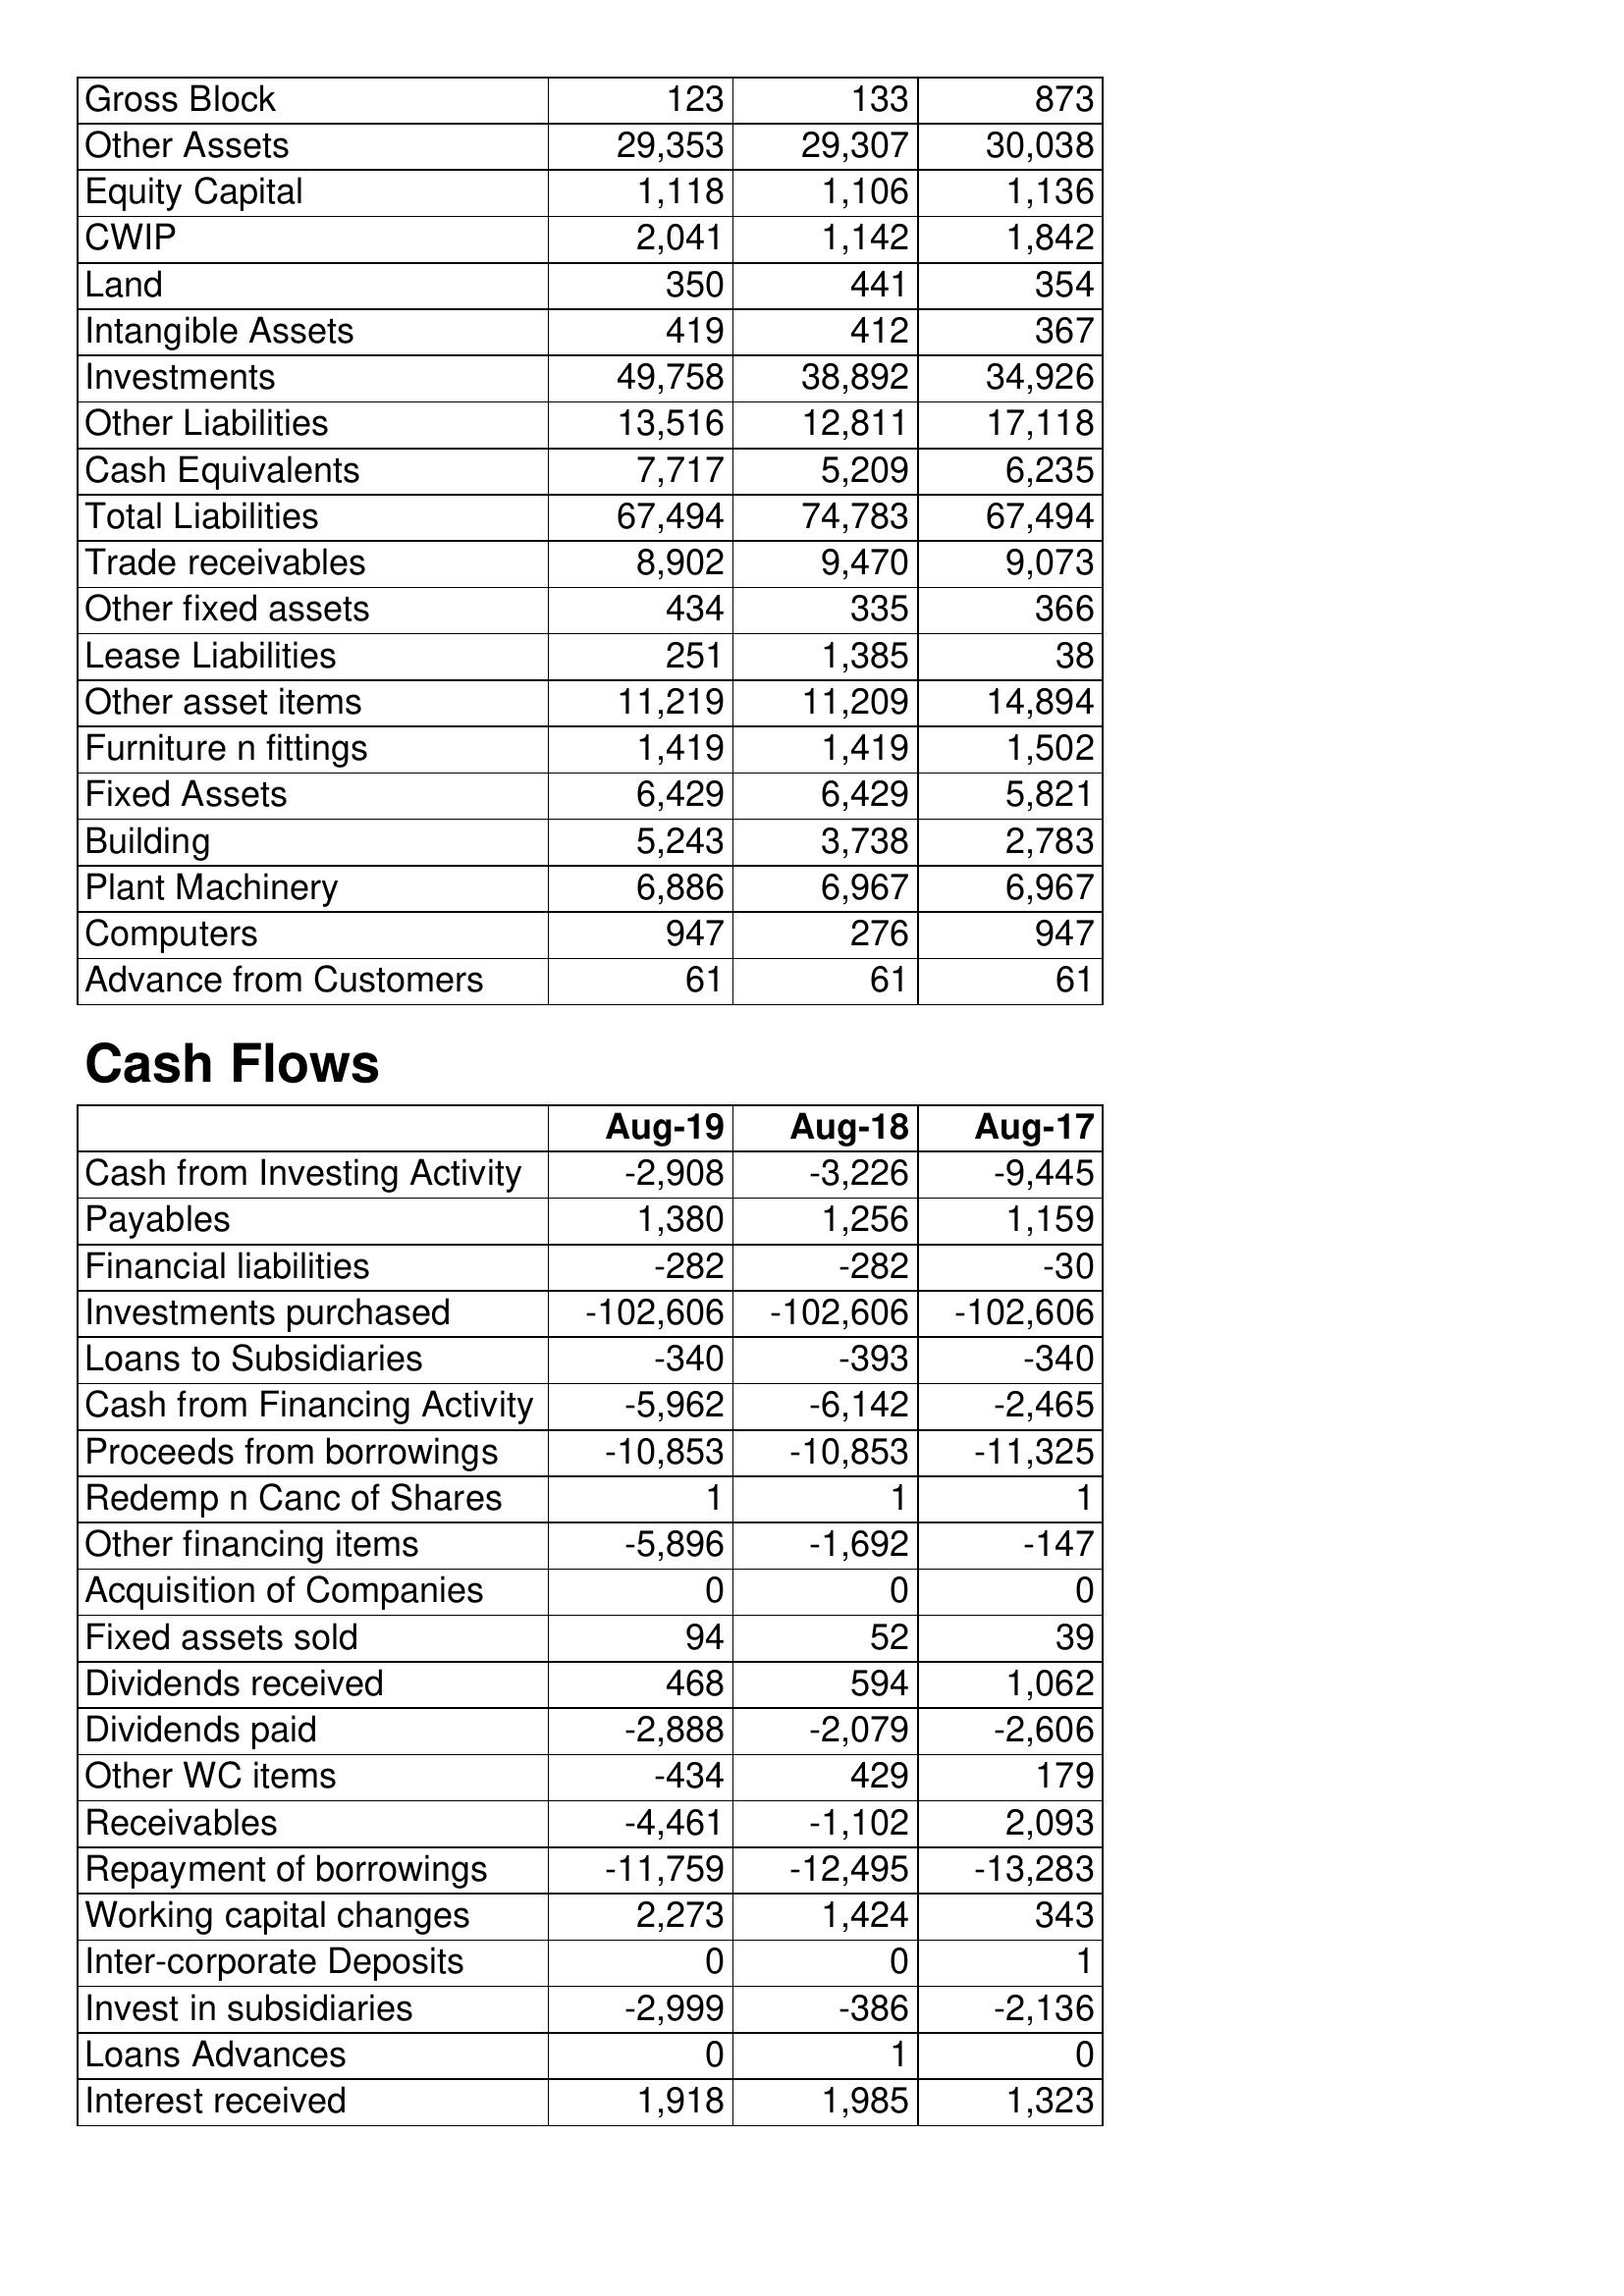
Aug-19: Balance Sheet: Gross Block: 123
Other Assets: 29,353
Equity Capital: 1,118
CWIP: 2,041
Land: 350
Intangible Assets: 419
Investments: 49,758
Other Liabilities: 13,516
Cash Equivalents: 7,717
Total Liabilities: 67,494
Trade receivables: 8,902
Other fixed assets: 434
Lease Liabilities: 251
Other asset items: 11,219
Furniture n fittings: 1,419
Fixed Assets: 6,429
Building: 5,243
Plant Machinery: 6,886
Computers: 947
Advance from Customers: 61
Cash Flows: Cash from Investing Activity: -2,908
Payables: 1,380
Financial liabilities: -282
Investments purchased: -102,606
Loans to Subsidiaries: -340
Cash from Financing Activity: -5,962
Proceeds from borrowings: -10,853
Redemp n Canc of Shares: 1
Other financing items: -5,896
Acquisition of Companies: 0
Fixed assets sold: 94
Dividends received: 468
Dividends paid: -2,888
Other WC items: -434
Receivables: -4,461
Repayment of borrowings: -11,759
Working capital changes: 2,273
Inter-corporate Deposits: 0
Invest in subsidiaries: -2,999
Loans Advances: 0
Interest received: 1,918
Aug-18: Balance Sheet: Gross Block: 133
Other Assets: 29,307
Equity Capital: 1,106
CWIP: 1,142
Land: 441
Intangible Assets: 412
Investments: 38,892
Other Liabilities: 12,811
Cash Equivalents: 5,209
Total Liabilities: 74,783
Trade receivables: 9,470
Other fixed assets: 335
Lease Liabilities: 1,385
Other asset items: 11,209
Furniture n fittings: 1,419
Fixed Assets: 6,429
Building: 3,738
Plant Machinery: 6,967
Computers: 276
Advance from Customers: 61
Cash Flows: Cash from Investing Activity: -3,226
Payables: 1,256
Financial liabilities: -282
Investments purchased: -102,606
Loans to Subsidiaries: -393
Cash from Financing Activity: -6,142
Proceeds from borrowings: -10,853
Redemp n Canc of Shares: 1
Other financing items: -1,692
Acquisition of Companies: 0
Fixed assets sold: 52
Dividends received: 594
Dividends paid: -2,079
Other WC items: 429
Receivables: -1,102
Repayment of borrowings: -12,495
Working capital changes: 1,424
Inter-corporate Deposits: 0
Invest in subsidiaries: -386
Loans Advances: 1
Interest received: 1,985
Aug-17: Balance Sheet: Gross Block: 873
Other Assets: 30,038
Equity Capital: 1,136
CWIP: 1,842
Land: 354
Intangible Assets: 367
Investments: 34,926
Other Liabilities: 17,118
Cash Equivalents: 6,235
Total Liabilities: 67,494
Trade receivables: 9,073
Other fixed assets: 366
Lease Liabilities: 38
Other asset items: 14,894
Furniture n fittings: 1,502
Fixed Assets: 5,821
Building: 2,783
Plant Machinery: 6,967
Computers: 947
Advance from Customers: 61
Cash Flows: Cash from Investing Activity: -9,445
Payables: 1,159
Financial liabilities: -30
Investments purchased: -102,606
Loans to Subsidiaries: -340
Cash from Financing Activity: -2,465
Proceeds from borrowings: -11,325
Redemp n Canc of Shares: 1
Other financing items: -147
Acquisition of Companies: 0
Fixed assets sold: 39
Dividends received: 1,062
Dividends paid: -2,606
Other WC items: 179
Receivables: 2,093
Repayment of borrowings: -13,283
Working capital changes: 343
Inter-corporate Deposits: 1
Invest in subsidiaries: -2,136
Loans Advances: 0
Interest received: 1,323